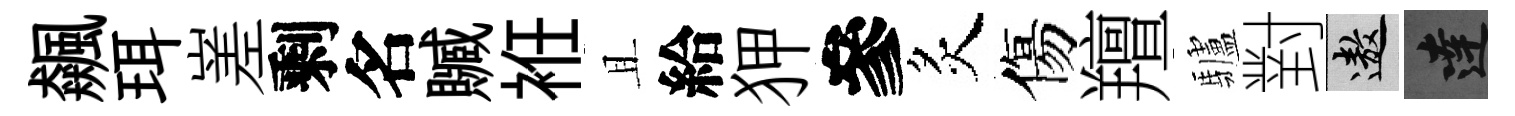
飆珥嵳剩名贓袵且給狎參炙傷羶驢對遨達